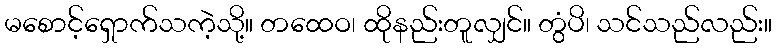
မစောင့်ရှောက်သကဲ့သို့။ တထေဝ၊ ထိုနည်းတူလျှင်။ တွံပိ၊ သင်သည်လည်း။